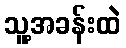
သူ့အခန်းထဲ